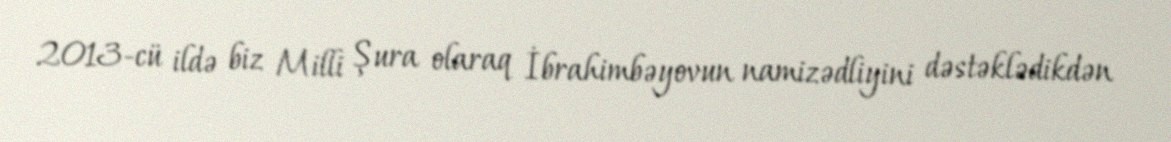
2013-cü ildə biz Milli Şura olaraq İbrahimbəyovun namizədliyini dəstəklədikdən